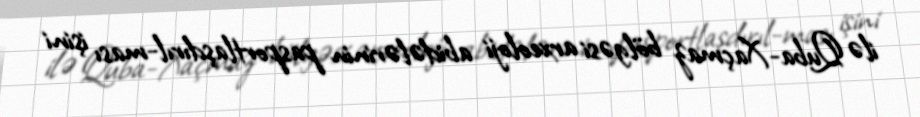
ilə Quba-Xaçmaz bölgəsi arxeoloji abidələrinin pasportlaşdırıl-ması işini